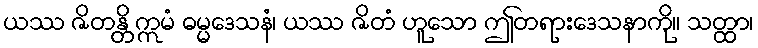
ယဿ ဇိတန္တိ ဣမံ ဓမ္မဒေသနံ၊ ယဿ ဇိတံ ဟူသော ဤတရားဒေသနာကို။ သတ္ထာ၊